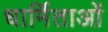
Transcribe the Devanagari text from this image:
धार्मिताओं